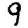
Digit: 9